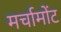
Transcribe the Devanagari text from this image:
मर्चामोंट